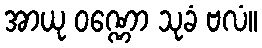
အာယု ဝဏ္ဏော သုခံ ဗလံ။